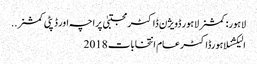
لاہور: کمشنر لاہور ڈویژن ڈاکٹر مجتبیٰ پراچہ اور ڈپٹی کمشنر ..
الیکشنلاہورڈاکٹرعام انتخابات 2018